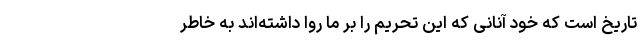
تاریخ است که خود آنانی که این تحریم را بر ما روا داشته‌اند به خاطر